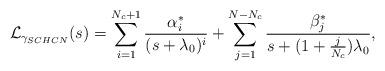
LaTeX: \begin{align*} \mathcal{L}_{\gamma_{SCHCN}}(s)&=\sum_{i=1}^{N_c+1} \frac{\alpha_i^*}{(s+\lambda_{0})^{i}} +\sum_{j=1}^{N-N_c}\frac{\beta_j^*}{s+(1+\frac{j}{N_c})\lambda_{0}},\\ \end{align*}